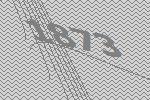
1873